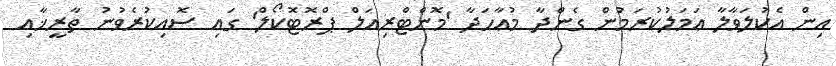
އިން އެކުލަވާލާ ޢަމަލުކުރަމުން ގެންދާ މުޢާހަދާ 'މޮންޓްރިއަލް ޕްރޮޓޮކޯލް' ގައި ސޮއިކުރެވުނު ތާރީޚާއި